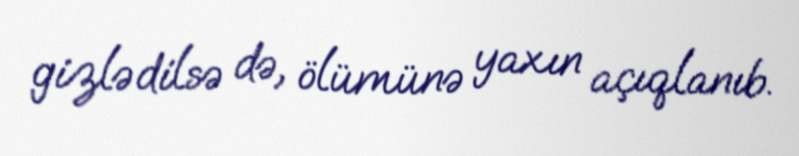
gizlədilsə də, ölümünə yaxın açıqlanıb.